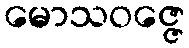
မောသဝဇ္ဇေ